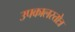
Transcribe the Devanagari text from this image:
उपकालस्तोत्र